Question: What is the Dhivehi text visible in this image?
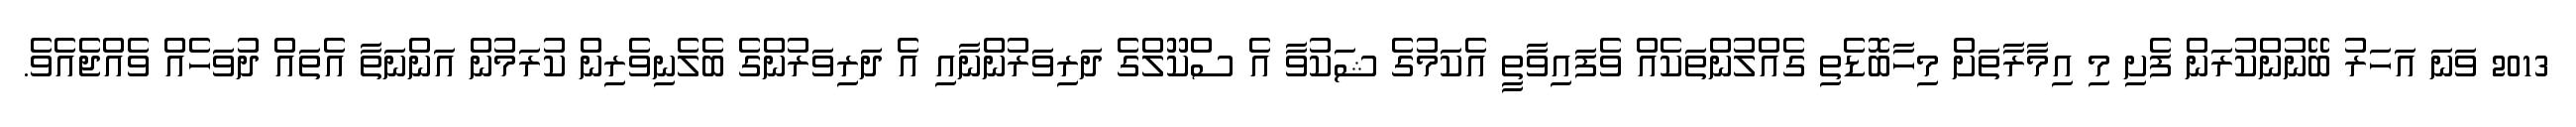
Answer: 2013 ވަނަ އަހަރު ބޭނުންކުރަން ފެށި މި އިމާރާތަށް މިހާބޮޑެތި ގެއްލުންތަކެއް ވެފައިވާތީ އެކަމުގެ ޝަކުވާ އެ ސްކޫލްގެ ދަރިވަރުންނާއި އެ ދަރިވަރުންގެ ބެލެނިވެރިން ކުރަމުން އަންނަތާ އެތައް ދުވަހެއް ވެއްޖެއެވެ.